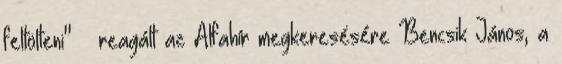
feltölteni" – reagált az Alfahír megkeresésére Bencsik János, a